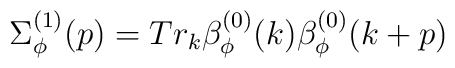
\Sigma^{(1)}_{\phi}(p) = Tr_k \beta^{(0)}_{\phi}(k) \beta^{(0)}_{\phi}(k+p)